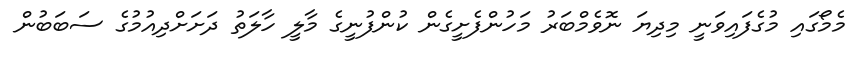
މެމޯގައި މުގެފައިވަނީ މިދިޔަ ނޮވެމްބަރު މަހުންފެށީގެން ކުންފުނީގެ މާލީ ހާލަތު ދަށަށްދިއުމުގެ ސަބަބުން